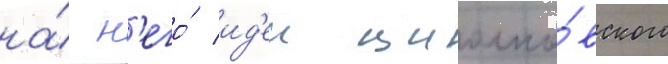
на́ н'его́ ид'еи циолко́вского